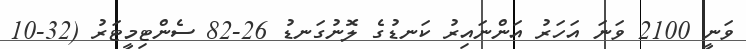
ވަނީ 2100 ވަނަ އަހަރު އަންނައިރު ކަނޑުގެ ލޮނުގަނޑު 26-82 ސެންޓިމީޓަރު (32-10